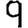
Digit: 9